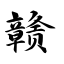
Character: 赣